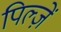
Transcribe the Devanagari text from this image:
पिल्ज़ें